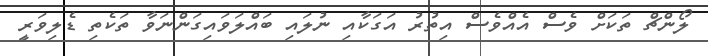
ލޯންޗް ތަކަށް ވެސް އެއްވެސް އިތުރު އަގަކާއި ނުލައި ބައްލަވައިގަންނަވާ ތަކެތި ޑެލިވަރީ